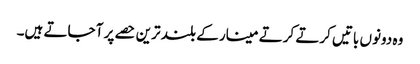
وہ دونوں باتیں کرتے کرتے مینار کے بلند ترین حصے پر آ جاتے ہیں۔